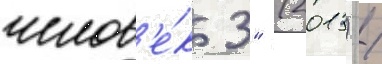
челов'е́к 3" (2013) /